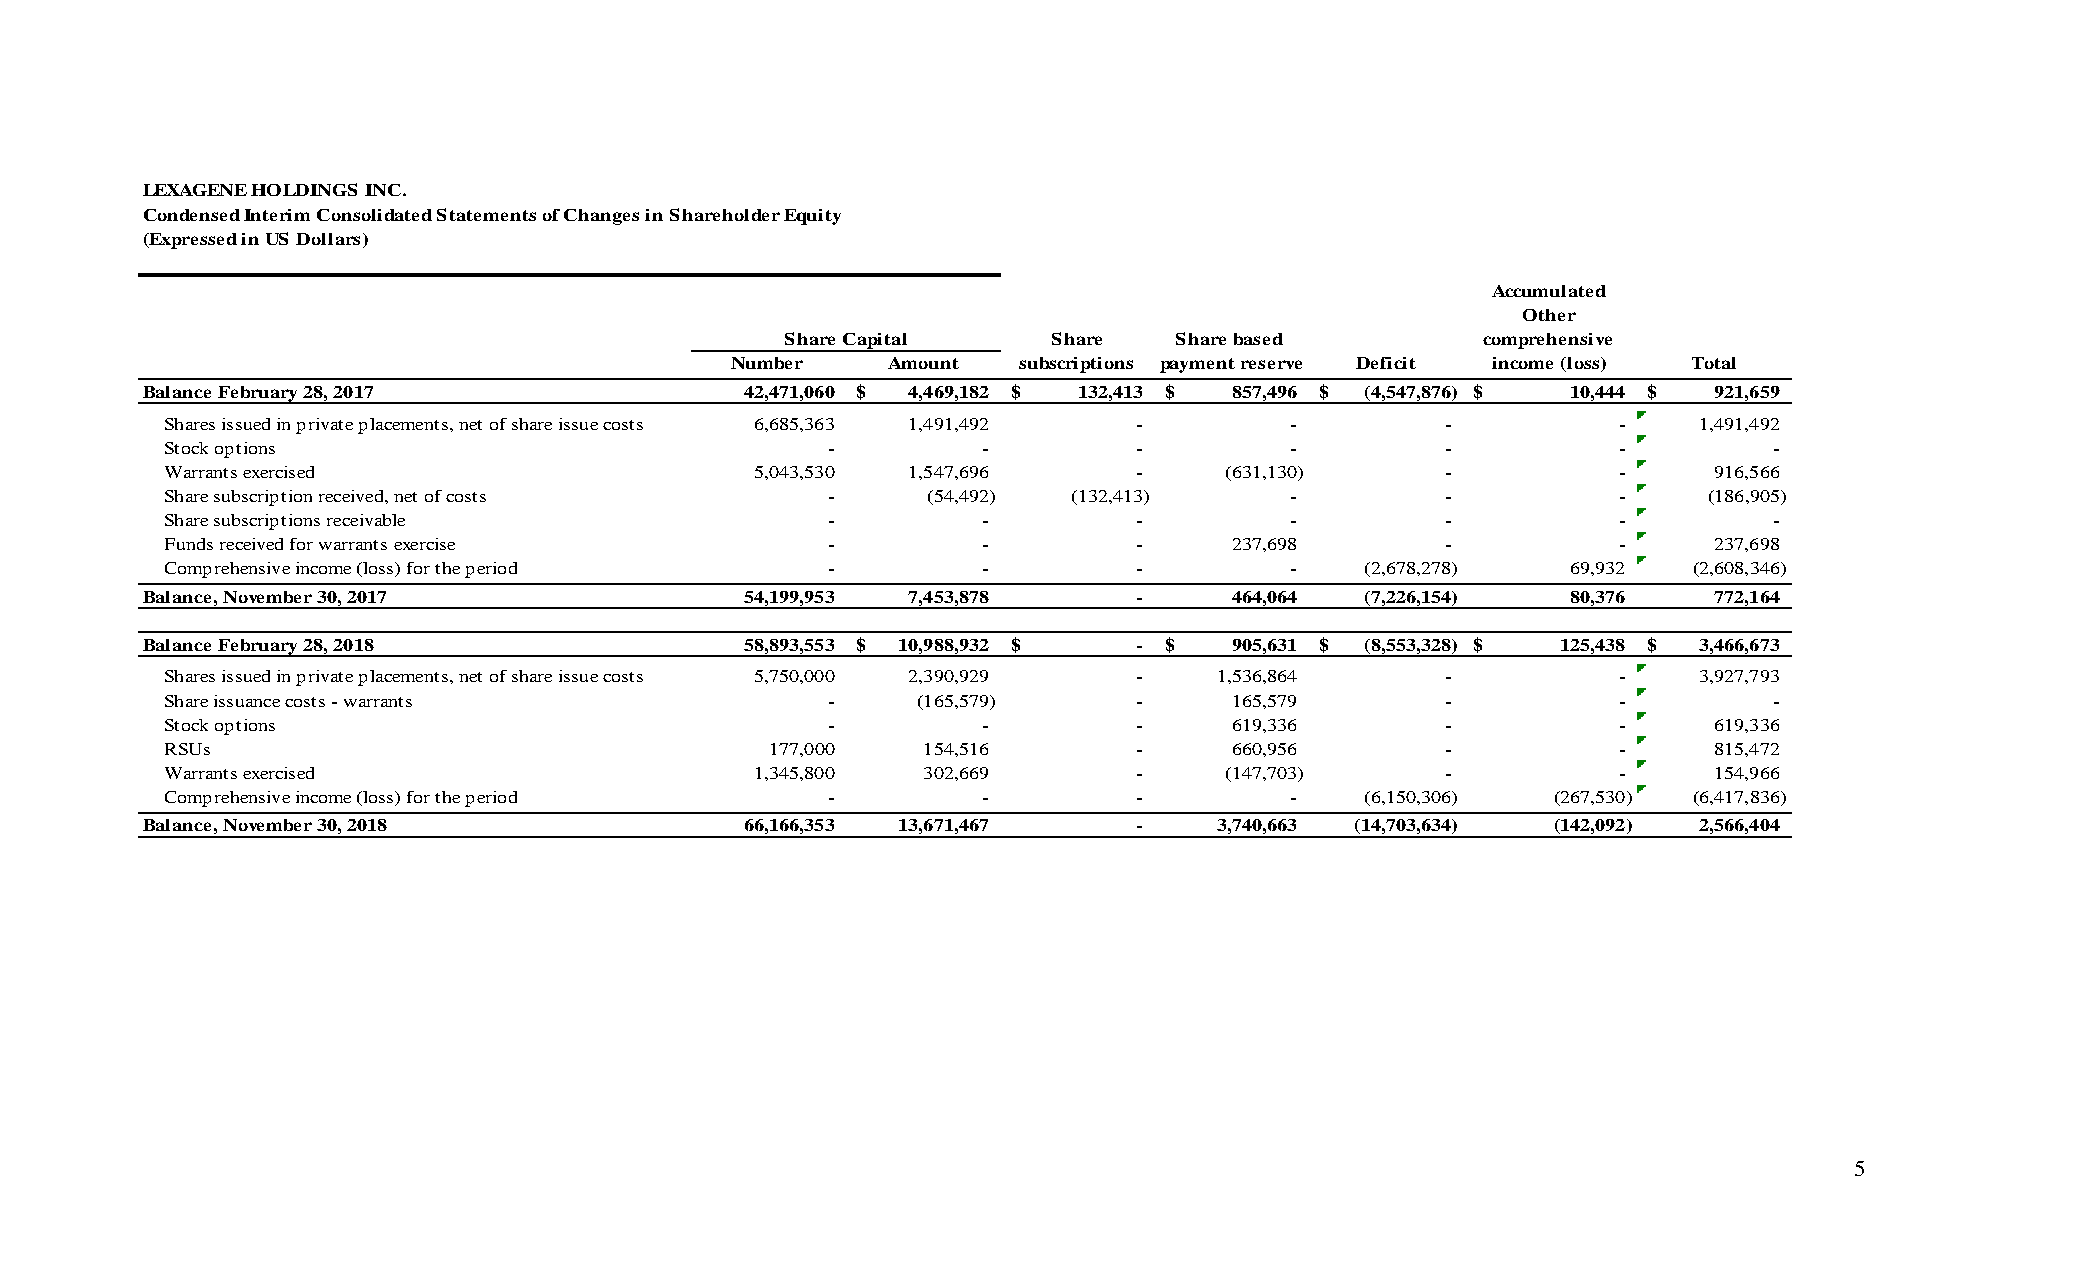
LEXAGENE HOLDINGS INC.
 Condensed Interim Consolidated Statements of Changes in Shareholder Equity
 (Expressed in US Dollars)
 Accumulated
 Other
 Share Capital     Share   Share based         comprehensive
 Number     Amount  subscriptions payment reserve Deficit income (loss) Total
 Balance February 28, 2017               42,471,060 $ 4,469,182 $ 132,413 $ 857,496 $ ( 4,547,876) $ 10,444 $ 921,659
 Shares issued in private placements, net of share issue costs 6,685,363 1,491,492 - - -         -     1,491,492
 Stock options                               -         -         -         -          -          -         -
 Warrants exercised                     5,043,530 1,547,696      -     ( 631,130)     -          -      916,566
 Share subscription received, net of costs   -     ( 54,492) ( 132,413)    -          -          -     ( 186,905)
 Share subscriptions receivable              -         -         -         -          -          -         -
 Funds received for warrants exercise        -         -         -      237,698       -          -      237,698
 Comprehensive income (loss) for the period  -         -         -         -    ( 2,678,278)  69,932  ( 2 , 6 0 8 , 3 4 6- )
 Balance, November 30, 2017              54,199,953 7,453,878      -      464,064 ( 7,226,154)  80,376    772,164
 Balance February 28, 2018               58,893,553 $ 10,988,932 $ - $    905,631 $ ( 8,553,328) $ 125,438 $ 3,466,673
 Shares issued in private placements, net of share issue costs 5,750,000 2,390,929 - 1,536,864 - -     3,927,793
 Share issuance costs - warrants             -     ( 165,579)    -      165,579       -          -         -
 Stock options                               -         -         -      619,336       -          -      619,336
 RSUs                                    177,000   154,516       -      660,956       -          -      815,472
 Warrants exercised                     1,345,800  302,669       -     ( 147,703)     -          -      154,966
 Comprehensive income (loss) for the period  -         -         -         -    ( 6,150,306) ( 267,530) ( 6 , 4 1 7 , 8 3 6- )
 Balance, November 30, 2018              66,166,353 13,671,467     -     3,740,663 ( 14,703,634) ( 142,092) 2,566,404
 5